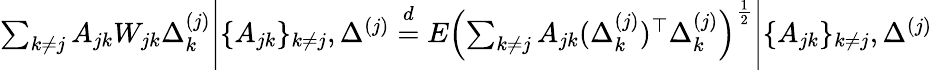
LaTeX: \begin{array}{r}{\sum_{k\neq j}A_{jk}W_{jk}\Delta_{k}^{(j)}\Bigg|\{ A_{jk}\} _{k\neq j},\Delta^{(j)}\stackrel{d}{=}E\left(\sum_{k\neq j}A_{jk}(\Delta_{k}^{(j)})^{\top}\Delta_{k}^{(j)}\right)^{\frac{1}{2}}\Bigg|\{ A_{jk}\} _{k\neq j},\Delta^{(j)}}\end{array}